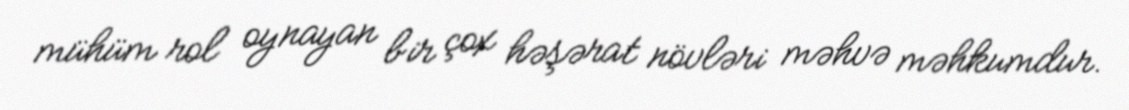
mühüm rol oynayan bir çox həşərat növləri məhvə məhkumdur.